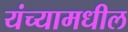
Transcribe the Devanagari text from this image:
यंच्यामधील